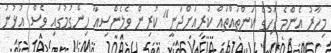
މިހާރު އެންމެ ފަހުގެ ކަންތައްތައް ކުރިއަށްދަނީ" ކުރިން ވެލެންސިއާ ހިންގުމުގައި ވެސް އުޅުނު